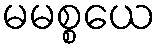
မမစ္စယေ